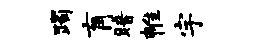
躅肓暗帷宇